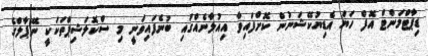
ޑިޕާޓްމަންޓް އޮފް ހަޔަ އެޑިޔުކޭޝަނުން ކޮށްފައިވާ އިއުލާނެއްގައި ބުނެފައިވަނީ މި ސްކޮލަޝިޕްތަކަކީ ނޭޕާލްގެ